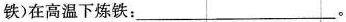
铁)在高温下炼铁：___。